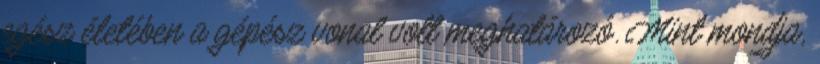
egész életében a gépész vonal volt meghatározó. Mint mondja,